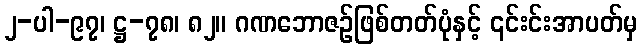
၂-ပါ-၉၇၊ ဋ္ဌ-၇၈၊ ၈၂။ ဂဏဘောဇဉ်ဖြစ်တတ်ပုံနှင့် ၎င်းင်းအာပတ်မှ